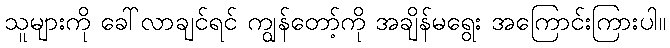
သူများကို ခေါ်လာချင်ရင် ကျွန်တော့်ကို အချိန်မရွေး အကြောင်းကြားပါ။